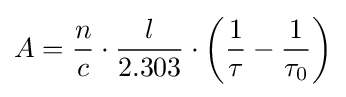
A={\frac {n}{c}}\cdot {\frac {l}{2.303}}\cdot \left({\frac {1}{\tau }}-{\frac {1}{\tau _{0}}}\right)